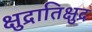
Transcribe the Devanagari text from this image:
क्षुद्रातिक्षुद्र